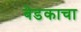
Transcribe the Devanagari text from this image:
बेडकाचा